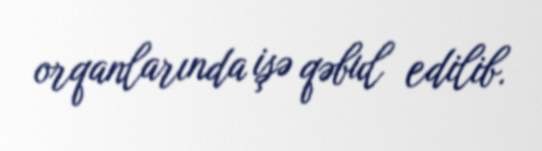
orqanlarında işə qəbul edilib.